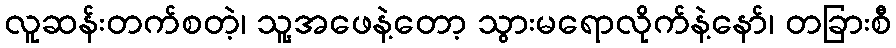
လူဆန်းတက်စတဲ့၊ သူ့အဖေနဲ့တော့ သွားမရောလိုက်နဲ့နော်၊ တခြားစီ